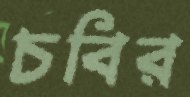
চবির